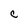
Character: C